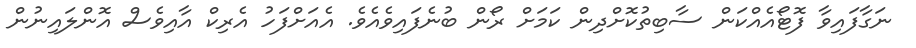
ނަގާފައިވާ ފޮޓޯއެއްކަން ސާބިތުކޮށްދިން ކަމަށް ރޯން ބުނެފައިވެއެވެ. އެއަށްފަހު އެރިކް އާއިވެސް އޮންލައިނުން